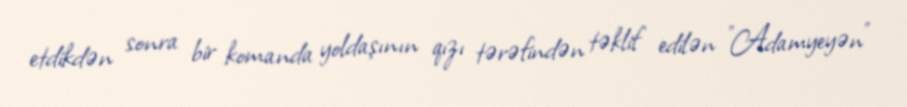
etdikdən sonra bir komanda yoldaşının qızı tərəfindən təklif edilən "Adamyeyən"